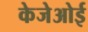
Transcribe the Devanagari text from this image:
केजेओई